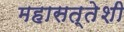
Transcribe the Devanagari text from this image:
महासत्तेशी